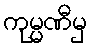
ကုမ္မဏီမှ